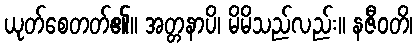
ယုတ်စေတတ်၏။ အတ္တနာပိ၊ မိမိသည်လည်း။ နဇီဝတိ၊